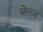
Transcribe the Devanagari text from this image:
बेल्ज़